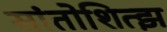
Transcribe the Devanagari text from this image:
सांतोशित्झ